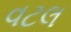
વટલ